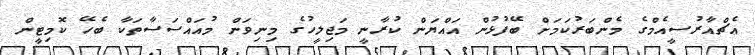
އެޗްއާރުސީއެމްގެ މެންބަރުކަމަށް ބޭފުޅުން އައްޔަން ކުރާނީ މަޖިލީހުގެ މިނިވަން މުއައްސަސާތަކާ ބެހޭ ކޮމިޓީން